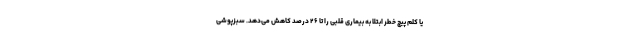
یا کلم پیچ خطر ابتلا به بیماری قلبی را تا ۲۶ درصد کاهش می‌دهد. سبزپوشی